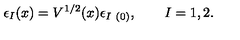
\epsilon _ { I } ( x ) = V ^ { 1 / 2 } ( x ) \epsilon _ { I \ ( 0 ) } , \qquad I = 1 , 2 .